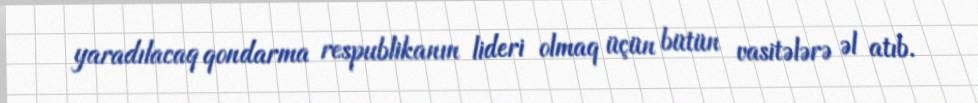
yaradılacaq qondarma respublikanın lideri olmaq üçün bütün vasitələrə əl atıb.